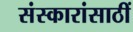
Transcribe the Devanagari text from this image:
संस्कारांसाठीं